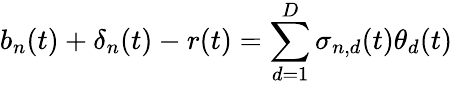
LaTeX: b_{n}(t)+\mathbf{\delta}_{n}(t)-r(t)=\sum_{d=1}^{D}\sigma_{n,d}(t)\theta_{d}(t)